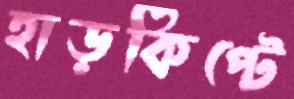
হাড়কিপ্টে